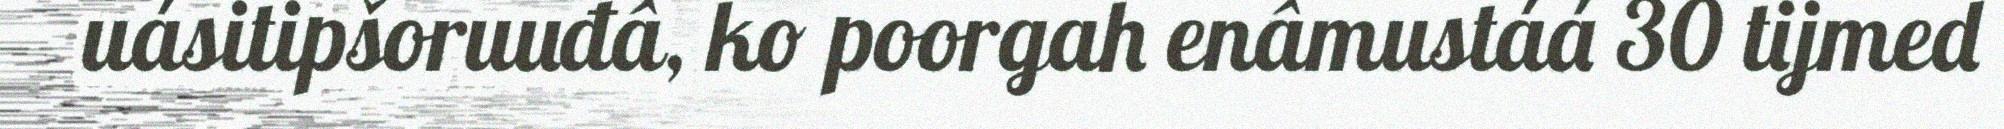
uásitipšoruuđâ, ko poorgah enâmustáá 30 tijmed